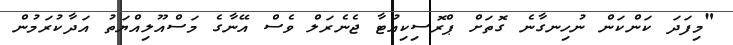
"މިފަދަ ކަންކަން ނުހިނގާނެ ގޮތަށް ޕްރޮސިކިއުޓާ ޖެނެރަލް ވެސް އޭނާގެ މަސްއޫލިއްޔަތު އަދާކުރަމުން